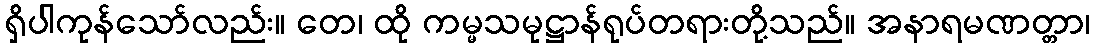
ရှိပါကုန်သော်လည်း။ တေ၊ ထို ကမ္မသမုဋ္ဌာန်ရုပ်တရားတို့သည်။ အနာရမဏတ္တာ၊